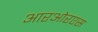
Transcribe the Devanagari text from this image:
आरओरएस